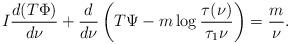
LaTeX: \begin{align*} I\frac{d (T\Phi)}{d\nu} + \frac{d}{d\nu}\left(T\Psi - m\log\frac{\tau(\nu)}{\tau_1\nu}\right) = \frac{m}{\nu}.\end{align*}